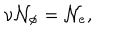
\mathrm { \ n u } \mathcal { N } _ { \phi } = \mathcal { N } _ { e } ,